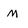
Character: M